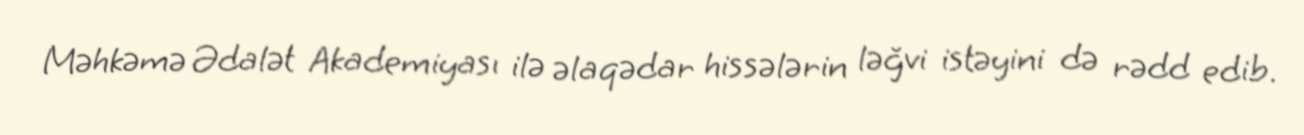
Məhkəmə Ədalət Akademiyası ilə əlaqədar hissələrin ləğvi istəyini də rədd edib.